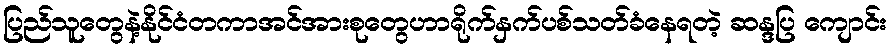
ပြည်သူတွေနဲ့နိုင်ငံတကာအင်အားစုတွေဟာရိုက်နှက်ပစ်သတ်ခံနေရတဲ့ ဆန္ဒပြ ကျောင်း